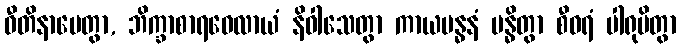
ဝီတိနာမေတွာ, ဘိက္ခာစာရဝေလာယံ နိဝါသေတွာ ကာယဗန္ဓနံ ဗန္ဓိတွာ စီဝရံ ပါရုပိတွာ